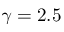
\gamma = 2 . 5